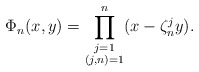
\begin{align*} \Phi_n(x,y)=\prod^n_{\substack{j=1 \\ (j,n)=1}}(x-\zeta^j_ny).\end{align*}